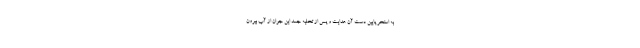
به استخر پایین دست آن هدایت و پس از تخلیه جسد این جوان از آب بیرون